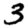
Digit: 3